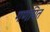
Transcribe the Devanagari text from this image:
गणपित